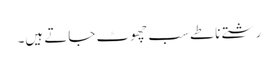
رشتے ناطے سب چھوٹ جاتے ہیں۔